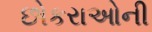
છોકરાઓની